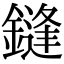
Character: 鏠